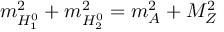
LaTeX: m _ { H _ { 1 } ^ { 0 } } ^ { 2 } + m _ { H _ { 2 } ^ { 0 } } ^ { 2 } = m _ { A } ^ { 2 } + M _ { Z } ^ { 2 }